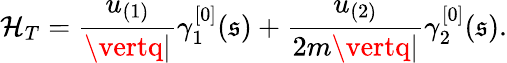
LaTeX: \mathcal{H}_{T}=\frac{{u_{(1)}}}{{\vertq\vert}}\gamma_{1}^{[0]}(\mathfrak{{s}})+\frac{{u_{(2)}}}{{2m\vertq\vert}}\gamma_{2}^{[0]}(\mathfrak{{s}}).